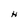
Character: H